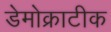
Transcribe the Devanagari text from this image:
डेमोक्राटीक